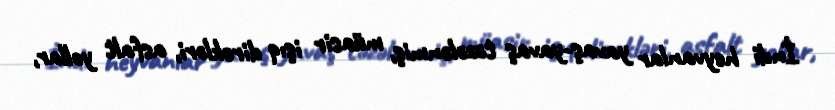
İndi heyvanlar yavaş-yavaş təzələnmiş, müasir işıq dirəkləri, asfalt yollar,